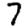
Digit: 7